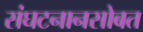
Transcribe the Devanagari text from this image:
संघटनानसोबत